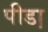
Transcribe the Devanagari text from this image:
पीडा़